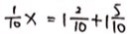
\frac { 1 } { 1 0 } x = 1 \frac { 2 } { 1 0 } + 1 \frac { 5 } { 1 0 }